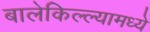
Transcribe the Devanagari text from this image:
बालेकिल्ल्यामध्ये